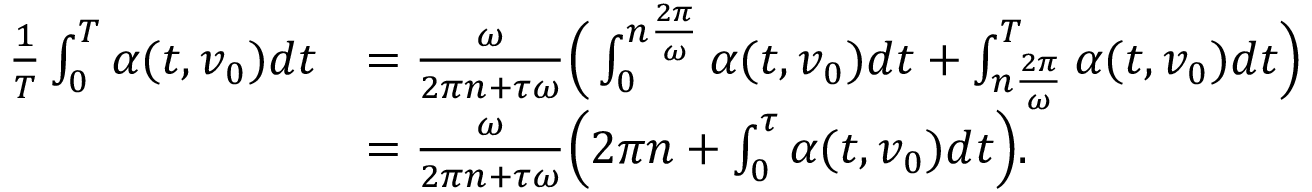
\begin{array} { r l } { \frac { 1 } { T } \int _ { 0 } ^ { T } \alpha ( t , v _ { 0 } ) d t } & { = \frac { \omega } { 2 \pi n + \tau \omega } \Big ( \int _ { 0 } ^ { n \frac { 2 \pi } { \omega } } \alpha ( t , v _ { 0 } ) d t + \int _ { n \frac { 2 \pi } { \omega } } ^ { T } \alpha ( t , v _ { 0 } ) d t \Big ) } \\ & { = \frac { \omega } { 2 \pi n + \tau \omega } \Big ( 2 \pi n + \int _ { 0 } ^ { \tau } \alpha ( t , v _ { 0 } ) d t \Big ) . } \end{array}